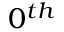
0 ^ { t h }